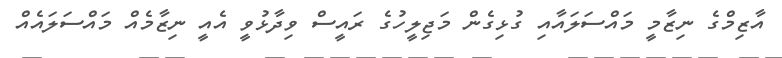
އާޒިމްގެ ނިޒާމީ މައްސަލައާއި ގުޅިގެން މަޖިލީހުގެ ރައީސް ވިދާޅުވީ އެއީ ނިޒާމެއް މައްސަލައެއް